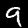
Label: 9